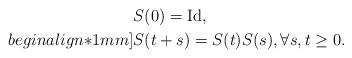
LaTeX: \begin{align*} & S(0) = {\rm Id},\\begin{align*}1mm] & S(t + s) = S(t)S(s), \forall s,t \ge 0. \end{align*}